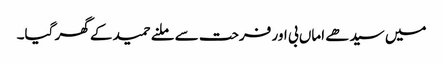
میں سیدھے اماں بی اور فرحت سے ملنے حمید کے گھر گیا۔